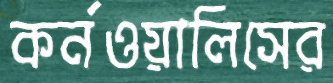
কর্নওয়ালিসের